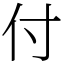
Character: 付